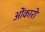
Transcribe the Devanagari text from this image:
ओंकारो